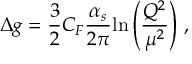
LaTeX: \Delta g = { \frac { 3 } { 2 } } C _ { F } { \frac { \alpha _ { s } } { 2 \pi } } { \ln \left( \frac { Q ^ { 2 } } { \mu ^ { 2 } } \right) } \ ,